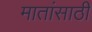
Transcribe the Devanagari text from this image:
मातांसाठी